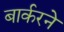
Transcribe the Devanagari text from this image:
बार्करने